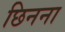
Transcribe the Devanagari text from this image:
छिनना